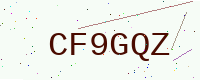
Text: CF9GQZ